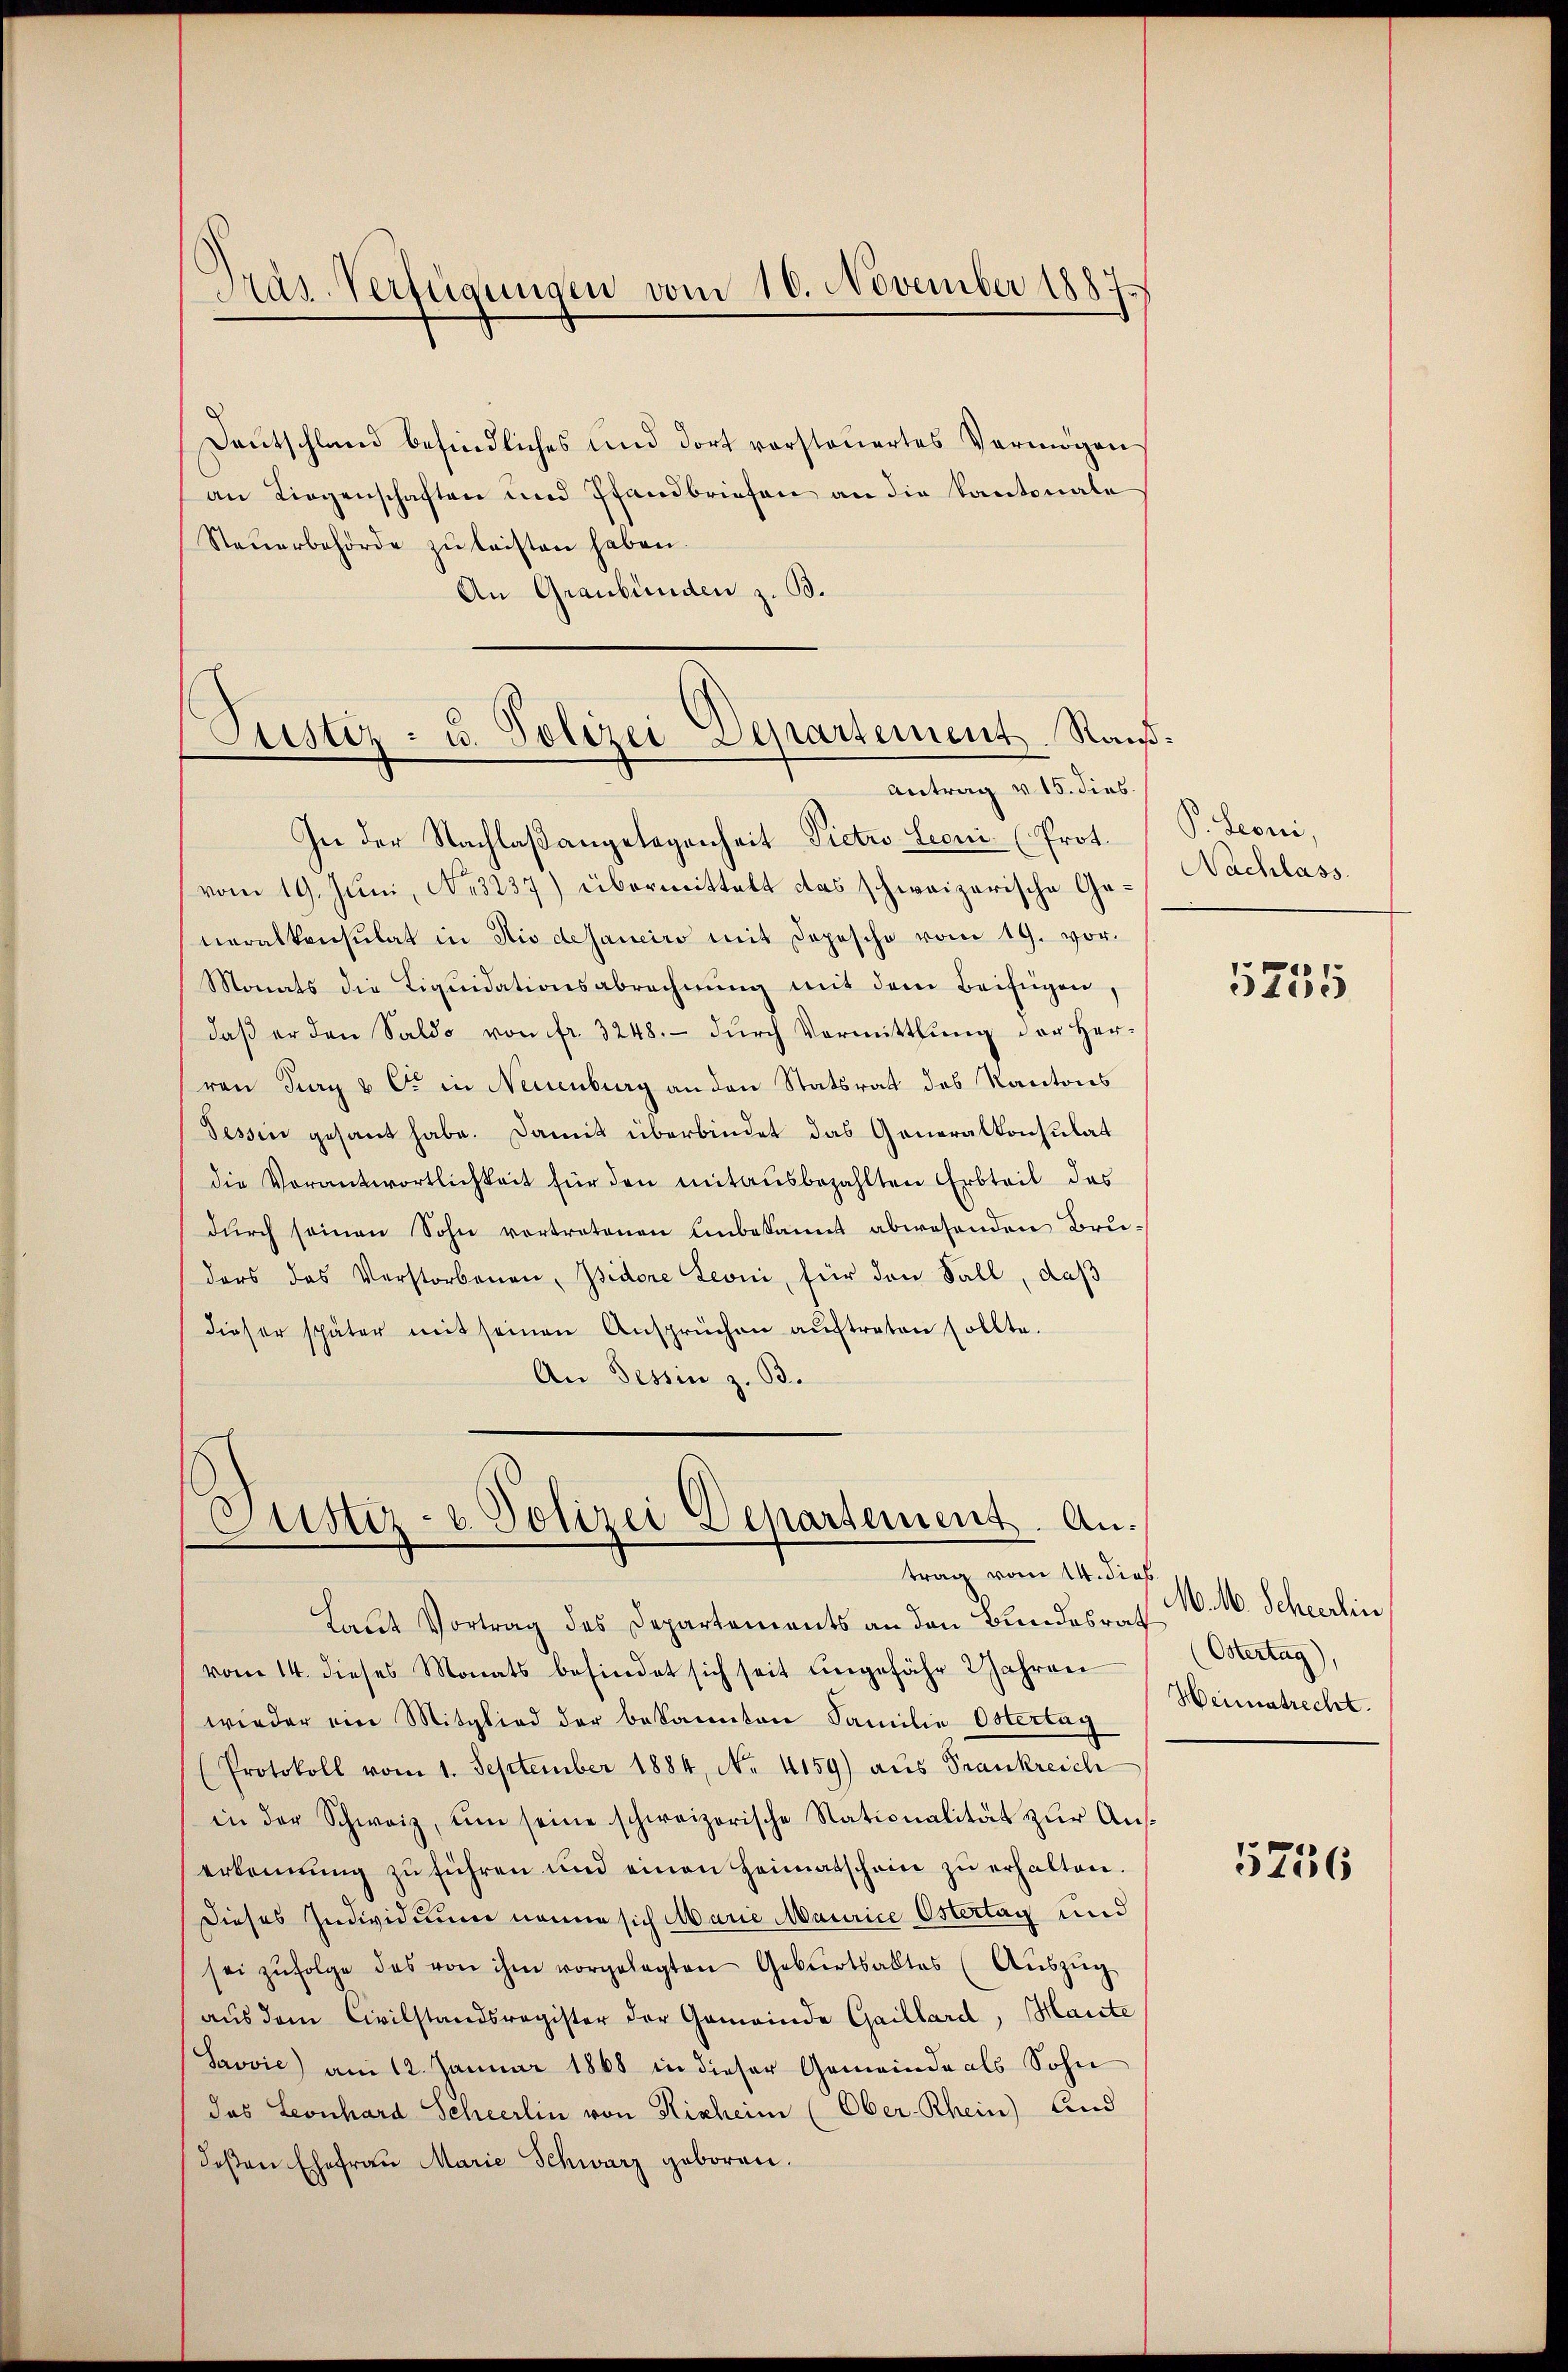
Pras-Verfügungen vom 10. November 1887

Deutschland befindliches und dort vorsteuertes Vermögen
an Liegenschaften und Pfandbriefen an die Kantonale
Steŭerbehörde zu leisten haben.
An Graubünden z. B.

In der Nachlaßangelegenheit Dictro Lioni (Prot.
vom 19. Juni, No. 3237) übermittelt das schweizerische Ge- Nachlass
neralkonsulat in Rio desaneiro mit Depesche vom 19. vor.
Monats die Liquidationsabrechnŭng mit dem Beifügen,
daβ er den Saldo von fr. 3248.- dŭrch Vermittlung der Herren Jury u C. in Neuenburg an den Statsrat des Kantons
Tessin gesant habe. Damit überbindet das Generalkonsulat
die Vorantwortlichkeit für den mitausbezahlten Erbteil des
dŭrch seinen Sohn vortretenen Unbekannt abwesenden Bru-
ders das Verstorbenen, Isidore Leoni, für den Fall, daß
dieser später mit seinen Ansprüchen auftreten sollte.
An Tessin z. B.

Ctistiz- u. Polizei Departement Raiß¬
Antrag v. 15. dies

Geister- & Polizei Departement. Antrag vom 14. dies

Laut Vortrag des Departements an den Bundesrat
vom 14. dieses Monats befindet sich seit ungefähr 2 Jahren
wieder ein Mitglied der bekannten Familie Ostertag
(Protokoll vom 1. September 1884, No. 4159) aus Frankreich
in der Schweiz, um seine schweizerische Nationalität zur Auserkennung zŭ führen und einen Heimatschein zŭ erhalten.
Dieses Individuum nenne sich Marie Maurice Ostertag und
sei zŭfolge das von ihm vorgelegten Gebŭrtsaktes (Aŭszŭg
aus dem Civilstandsregister der Gemeinde Gaillard, Haute
Prović) am 12. Januar 1868 in dieser Gemeinde als Sohn
das Leonhard Scheerlin von Kisheim (Ober-Rhein) And
doβen Ehefrau Marie Schwarz geboren.

P. Leoni,

5255

M. M. Scheerlin,
(Östertag),
Heimatrecht.

5756